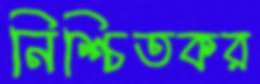
নিশ্চিতকর